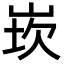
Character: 崁